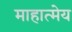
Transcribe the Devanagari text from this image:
माहात्मेय